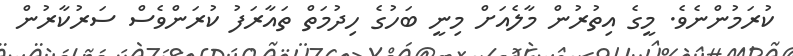
ކުރަމުންނެވެ. މީގެ އިތުރުން މާލެއަށް މިނީ ބަހުގެ ހިދުމަތް ތައާރަފު ކުރަންވެސް ސަރުކާރުން